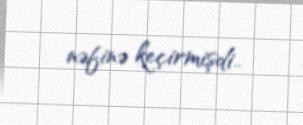
nəfinə keçirmişdi..